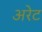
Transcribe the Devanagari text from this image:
अरेट